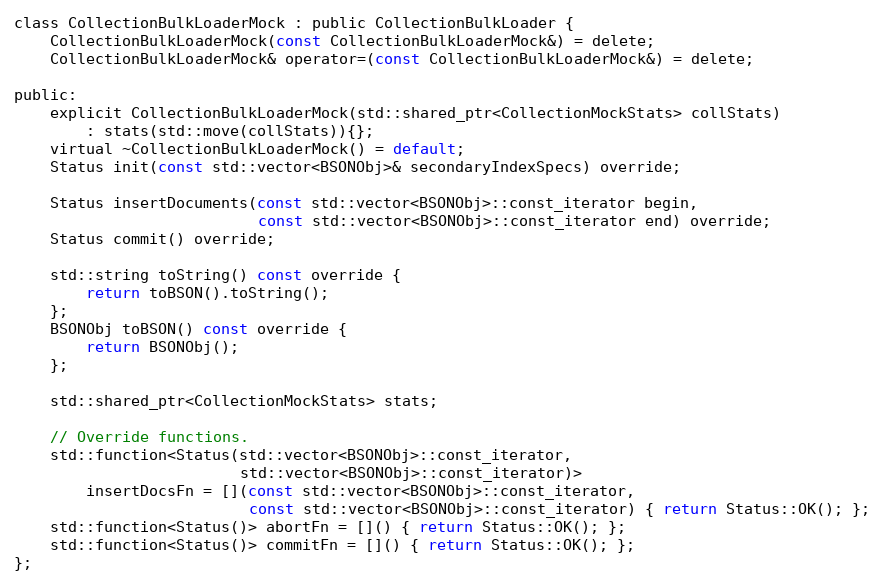
Language: C
class CollectionBulkLoaderMock : public CollectionBulkLoader {
    CollectionBulkLoaderMock(const CollectionBulkLoaderMock&) = delete;
    CollectionBulkLoaderMock& operator=(const CollectionBulkLoaderMock&) = delete;

public:
    explicit CollectionBulkLoaderMock(std::shared_ptr<CollectionMockStats> collStats)
        : stats(std::move(collStats)){};
    virtual ~CollectionBulkLoaderMock() = default;
    Status init(const std::vector<BSONObj>& secondaryIndexSpecs) override;

    Status insertDocuments(const std::vector<BSONObj>::const_iterator begin,
                           const std::vector<BSONObj>::const_iterator end) override;
    Status commit() override;

    std::string toString() const override {
        return toBSON().toString();
    };
    BSONObj toBSON() const override {
        return BSONObj();
    };

    std::shared_ptr<CollectionMockStats> stats;

    // Override functions.
    std::function<Status(std::vector<BSONObj>::const_iterator,
                         std::vector<BSONObj>::const_iterator)>
        insertDocsFn = [](const std::vector<BSONObj>::const_iterator,
                          const std::vector<BSONObj>::const_iterator) { return Status::OK(); };
    std::function<Status()> abortFn = []() { return Status::OK(); };
    std::function<Status()> commitFn = []() { return Status::OK(); };
};